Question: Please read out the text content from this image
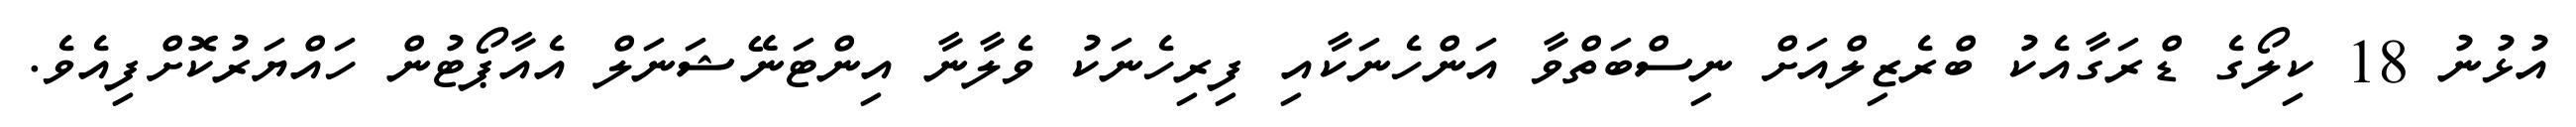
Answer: އުޅުނު 18 ކިލޯގެ ޑްރަގާއެކު ބްރެޒިލްއަށް ނިސްބަތްވާ އަންހެނަކާއި ފިރިހެނަކު ވެލާނާ އިންޓަނޭޝަނަލް އެއާޕޯޓުން ހައްޔަރުކޮށްފިއެވެ.